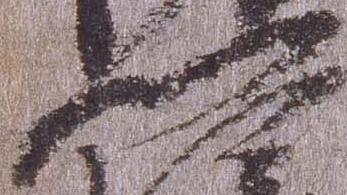
門